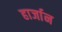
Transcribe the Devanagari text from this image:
हार्जान